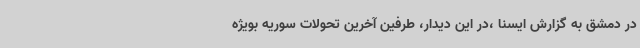
در دمشق به گزارش ایسنا ،در این دیدار، طرفین آخرین تحولات سوریه بویژه